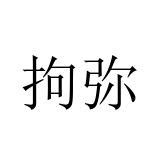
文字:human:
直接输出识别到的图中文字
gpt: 拘弥